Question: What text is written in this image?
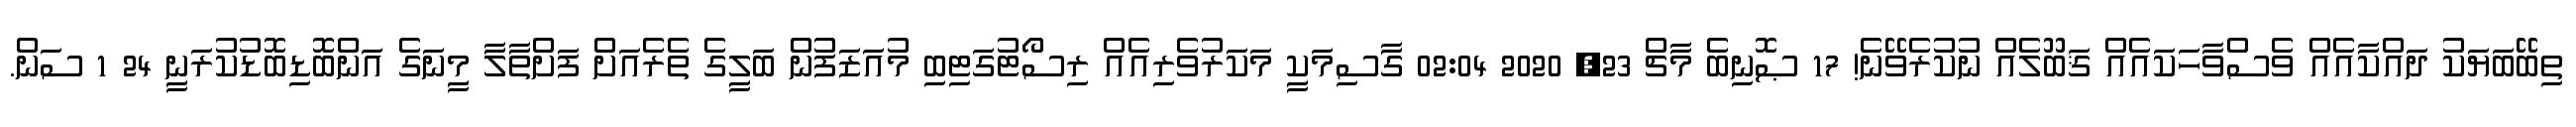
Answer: ތިބޭބަޔަކު ދައްކާއެއް ވެސްވާހަކައެއް ޤަބޫލެއް ނުކުރެވޭނެ! 17 ޞޮނިބެ މާޗް 23, 2020 02:04 ގަާސިމަކިީ މަކަރުވެރިއެއް ރިސޯޓުގަޓިބި މުއަޒަފުން ބަލިީގެ ތެރެއަށް ފަށްތަާލަާ މިީނަގެ އަންބޮޑިބޮޑުކުރަނިީ 24 1 ސަން.